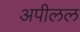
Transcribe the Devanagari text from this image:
अपीलल